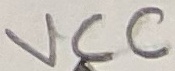
Text: VCC